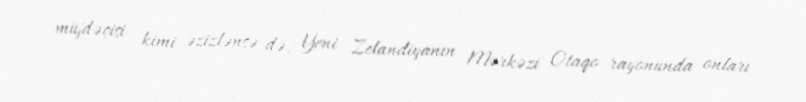
müjdəçisi kimi əzizlənsə də, Yeni Zelandiyanın Mərkəzi Otaqo rayonunda onları